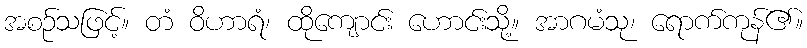
အစဉ်သဖြင့်။ တံ ဝိဟာရံ၊ ထိုကျောင်း ဟောင်းသို့။ အာဂမံသု၊ ရောက်ကုန်၏။